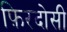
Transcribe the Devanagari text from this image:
फ़िरदोसी